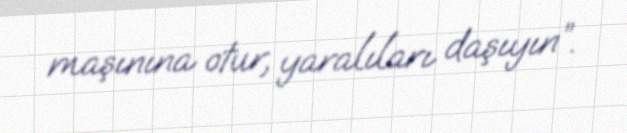
maşınına otur, yaralıları daşıyın”.